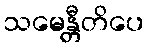
သမေန္တီတိပေ